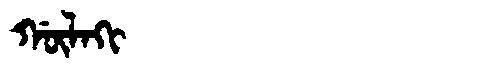
Manchu: ᡤᡡᠯᠠᡴᡳ
Romanization: GŪLAKI